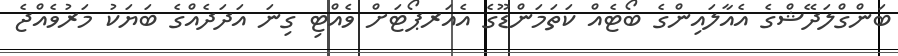
ބަންގްލަދޭޝްގެ އެއާލައިންގެ ބޯޓެއް ކަތަމަންޑޫގެ އެއަރޕޯޓަށް ވެއްޓި ގިނަ އަދަދެއްގެ ބަޔަކު މަރުވެއްޖެ